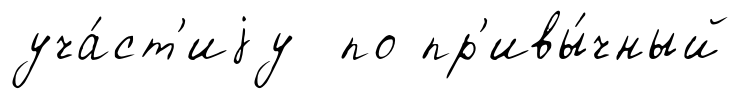
уча́ст'иjу по пр'ивы́чный